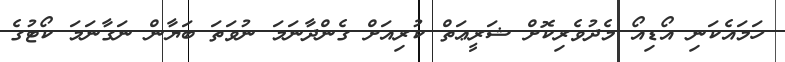
ހަމައެކަނި އޯޑިއޯ މެދުވެރިކޮށް ޝަރީޢަތް ކުރިއަށް ގެންދާނަމަ ނުވަތަ ބަޔާން ނަގާނަމަ ކޯޓުގެ